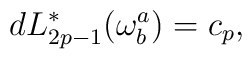
dL_{2p-1}^{*}(\omega _{b}^{a})=c_{p},